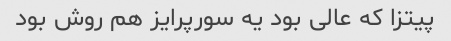
پیتزا که عالی بود یه سورپرایز هم روش بود